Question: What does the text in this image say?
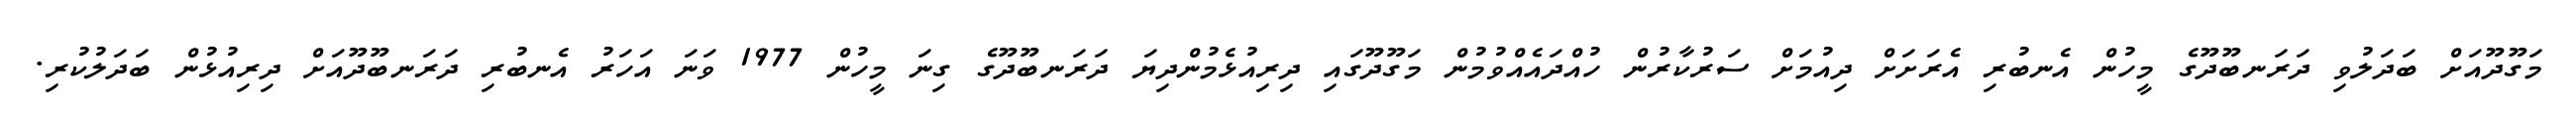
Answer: މަގޫދޫއަށް ބަދަލުވި ދަރަނބޫދޫގެ މީހުން އެނބުރި އެރަށަށް ދިއުމަށް ސަރުކާރުން ހުއްދައެއްވުމުން މަގޫދޫގައި ދިރިއުޅެމުންދިޔަ ދަރަނބޫދޫގެ ގިނަ މީހުން 1977 ވަނަ އަހަރު އެނބުރި ދަރަނބޫދޫއަށް ދިރިއުޅުން ބަދަލުކުރި.